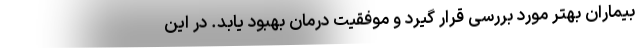
بیماران بهتر مورد بررسی قرار گیرد و موفقیت درمان بهبود یابد. در این